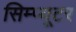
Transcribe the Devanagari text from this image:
सिम्प्यूटर